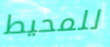
للمحيط